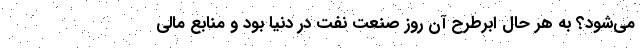
می‌شود؟ به هر حال ابرطرح آن روز صنعت نفت در دنیا بود و منابع مالی